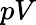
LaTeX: pV